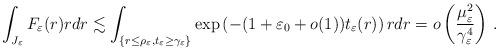
LaTeX: \begin{align*}\int_{J_\varepsilon} F_\varepsilon(r) r dr\lesssim \int_{\{r\le \rho_\varepsilon,t_\varepsilon\ge \gamma_\varepsilon\}}\exp\left(-(1+\varepsilon_0+o(1))t_\varepsilon(r) \right) r dr=o\left(\frac{\mu_\varepsilon^2}{\gamma_\varepsilon^4} \right)\,.\end{align*}